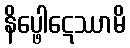
နိပ္ဖေါဋေဿာမိ